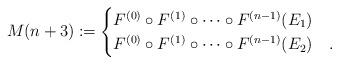
LaTeX: \begin{align*}M(n+3) \coloneqq \begin{cases} F^{(0)}\circ F^{(1)} \circ \cdots \circ F^{(n-1)} (E_1) &\\F^{(0)}\circ F^{(1)} \circ \cdots \circ F^{(n-1)} (E_2) &.\end{cases}\end{align*}